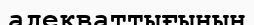
адекваттығының